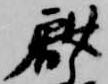
献